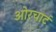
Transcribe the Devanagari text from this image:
ओरचार्ट